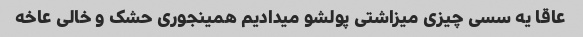
عاقا یه سسی چیزی میزاشتی پولشو میدادیم همینجوری حشک و خالی عاخه